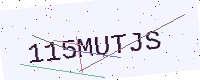
Text: 115MUTJS